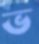
ভ